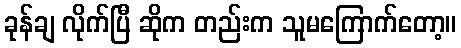
ခုန်ချ လိုက်ပြီ ဆိုက တည်းက သူမကြောက်တော့။